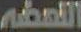
القصفه